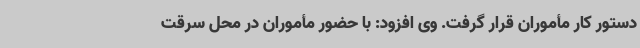
دستور کار مأموران قرار گرفت. وی افزود: با حضور مأموران در محل سرقت